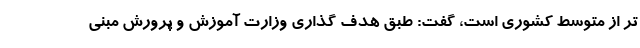
تر از متوسط کشوری است، گفت: طبق هدف گذاری وزارت آموزش و پرورش مبنی